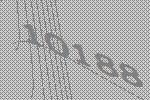
10188